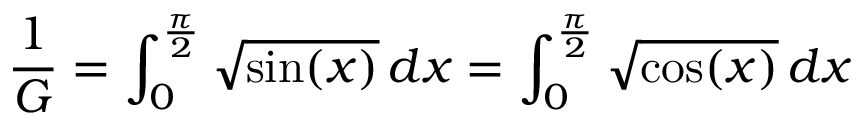
{ \frac { 1 } { G } } = \int _ { 0 } ^ { \frac { \pi } { 2 } } { \sqrt { \sin ( x ) } } \, d x = \int _ { 0 } ^ { \frac { \pi } { 2 } } { \sqrt { \cos ( x ) } } \, d x